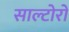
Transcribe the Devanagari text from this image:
साल्टोरो